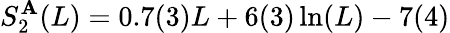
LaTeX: S_{2}^{\mathbf{A}}(L)=0.7(3)L+6(3)\ln(L)-7(4)